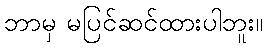
ဘာမှ မပြင်ဆင်ထားပါဘူး။